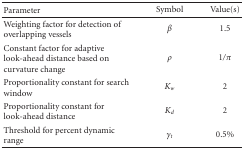
| Parameter | Symbol | Value(s) |
 | --- | --- | --- |
 | Weighting factor for detection of overlapping vessels | β | 1.5 |
 | Constant factor for adaptive look-ahead distance based on curvature change | ρ | 1/π |
 | Proportionality constant for search window | Kw | 2 |
 | Proportionality constant for look-ahead distance | Kd | 2 |
 | Threshold for percent dynamic range | γt | 0.5% |